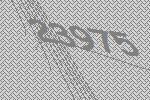
23975